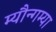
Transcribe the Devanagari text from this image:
म्यौन्गम्या